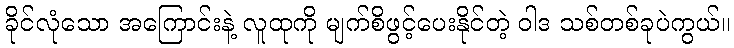
ခိုင်လုံသော အကြောင်းနဲ့ လူထုကို မျက်စိဖွင့်ပေးနိုင်တဲ့ ဝါဒ သစ်တစ်ခုပဲကွယ်။